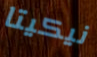
نيكيتا